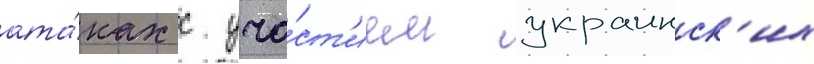
ата́ках с уча́ст'ием украинск'их